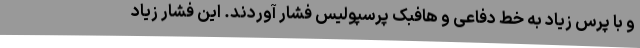
و با پرس زیاد به خط دفاعی و هافبک پرسپولیس فشار آوردند. این فشار زیاد